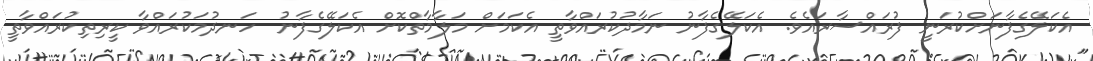
އެކަލޭގެފާނަށްކުރަނީ ފުރައްސާރައެވެ. އެކަލޭގެފާނު ނަމާދުކުރައްވާތީ އެކަމަށް މަލާމާތްކޮށް އެކަލޭގެފާނު  ހަނދުމަކުރައްވާ ކީރިތިކުރައްވާތީ